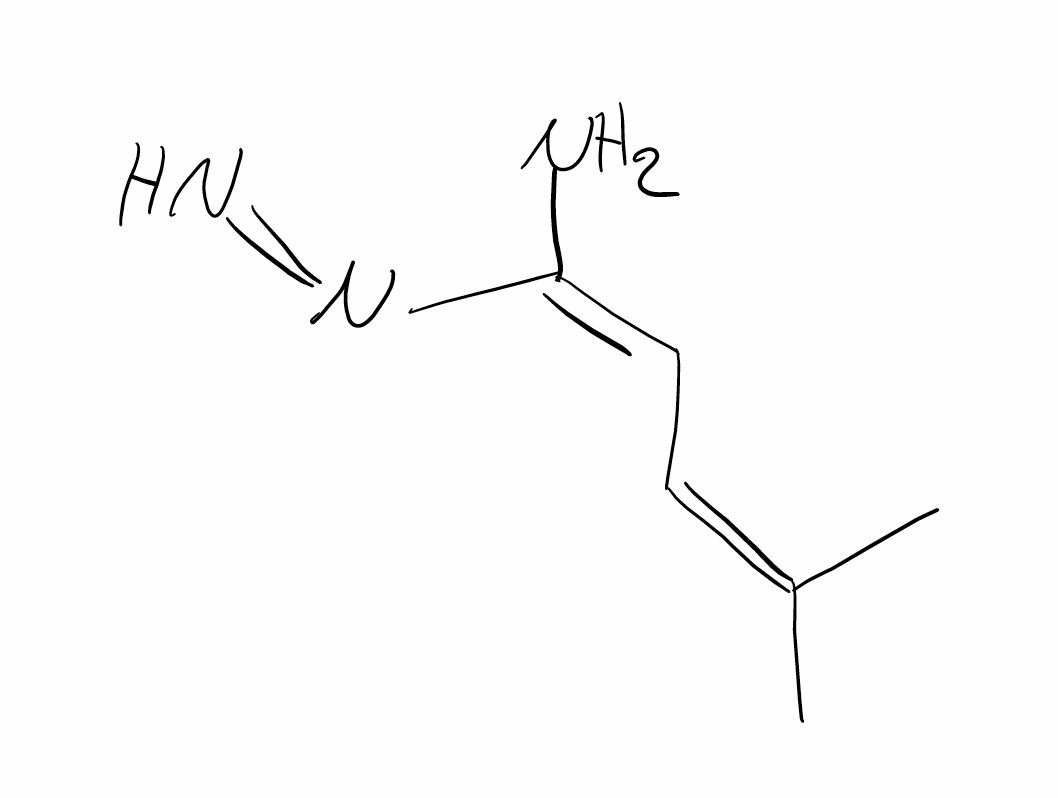
Simplified molecular-input line-entry system (SMILES) notation of the given molecule:
CC(=C/C=C(/N)\N=N)C